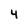
Character: 4